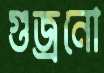
গুজ্‌রনো